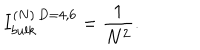
{ I _ { b u l k } ^ { ( N ) \, D = 4 , 6 } = { \frac { 1 } { N ^ { 2 } } } . }